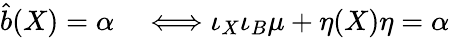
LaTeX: \begin{array}{rl}{\hat{b}(X)=\alpha}&{{}\Longleftrightarrow\iota_{X}\iota_{B}\mu+\eta(X)\eta=\alpha}\end{array}